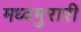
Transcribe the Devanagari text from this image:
मध्वमुरारी